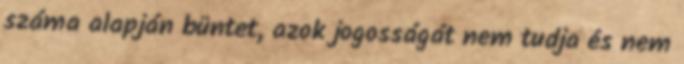
száma alapján büntet, azok jogosságát nem tudja és nem